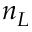
n _ { L }